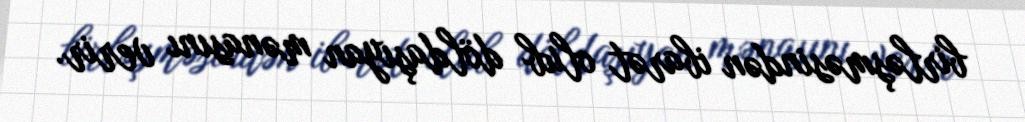
birləşməsindən ibarət olub döldaşıyan mənasını verir.